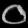
Digit: ၀